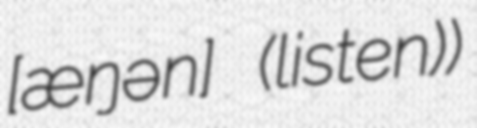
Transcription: [ˈʃæŋən] (listen))